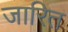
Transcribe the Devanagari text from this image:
जारित